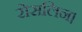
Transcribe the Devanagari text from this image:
रोसलिन।